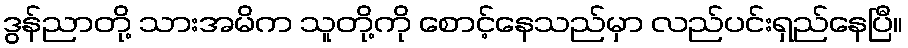
ဒွန်ညာတို့ သားအမိက သူတို့ကို စောင့်နေသည်မှာ လည်ပင်းရှည်နေပြီ။